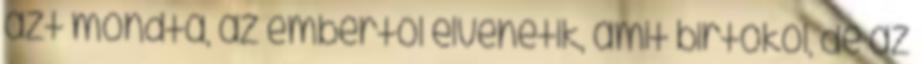
azt mondta, az embertől elvehetik, amit birtokol, de az